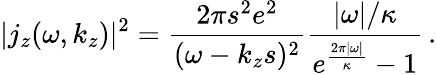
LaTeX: |j_{z}(\omega,k_{z})|^{2}=\frac{2\pi s^{2}e^{2}}{(\omega-k_{z}s)^{2}}\frac{|\omega|/\kappa}{e^{\frac{2\pi|\omega|}{\kappa}}-1}\, .